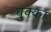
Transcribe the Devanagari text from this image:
बुक्‍का